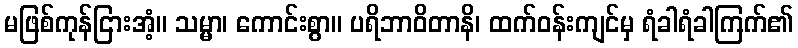
မဖြစ်ကုန်ငြားအံ့။ သမ္မာ၊ ကောင်းစွာ။ ပရိဘာဝိတာနိ၊ ထက်ဝန်းကျင်မှ ရံခါရံခါကြက်၏